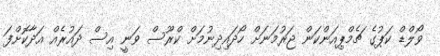
ވޯލްޑް ކަޕުގެ ޗެމްޕިއަންކަން ޖަރުމަނަށް ހޯދައިދިނުމަށް ކްރޫސް ވަނީ އިސް ދައުރެއް އަދާކޮށްފަ